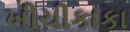
ખીચીકાકા